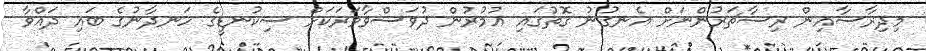
މިދިރާސާއިން ރިސާޗަރުންނަށް އެނގުނު ގޮތުގައި އުމުރުން ދުވަސްވާވަރަކަށް ސިކުނޑީގެ ހަނދާނުގެ ބައި ދައްވާ